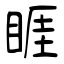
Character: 睚